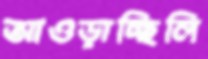
আওড়াচ্ছিলি